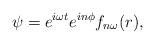
LaTeX: \begin{align*}\psi = e^{i\omega t} e^{in\phi} f_{n\omega}(r),\end{align*}